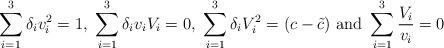
LaTeX: \begin{align*}\begin{array}{l}\displaystyle\sum_{i=1}^3\delta_iv_i^2=1, \ \sum_{i=1}^3\delta_iv_iV_i=0, \ \sum_{i=1}^3\delta_iV_i^2=(c-\tilde{c}) \ \mbox{and} \ \sum_{i=1}^3{\frac{V_i}{v_i}}=0\end{array}\end{align*}